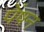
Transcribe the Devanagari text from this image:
पेंषन